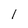
Character: 1